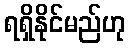
ရရှိနိုင်မည်ဟု